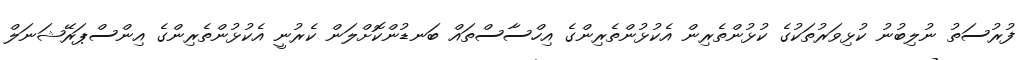
ފުރުސަތު ނުލިބުނު ކުޅިވަރުތަކުގެ ކުޅުންތެރިން އެކުޅުންތެރިންގެ އިހްސާސްތައް ބަނޑުންކޮށްލަން ކެރުނީ އެކުޅުންތެރިންގެ އިންސްޕަރޭޝަނަލް